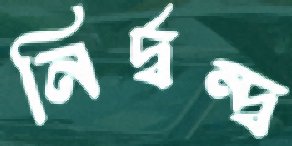
নির্দ্বন্দ্ব